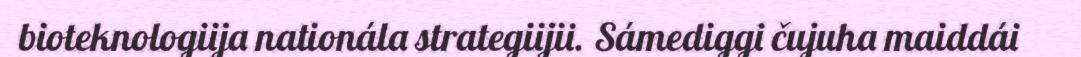
bioteknologiija nationála strategiijii. Sámediggi čujuha maiddái